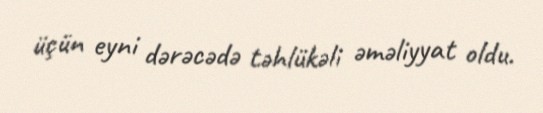
üçün eyni dərəcədə təhlükəli əməliyyat oldu.